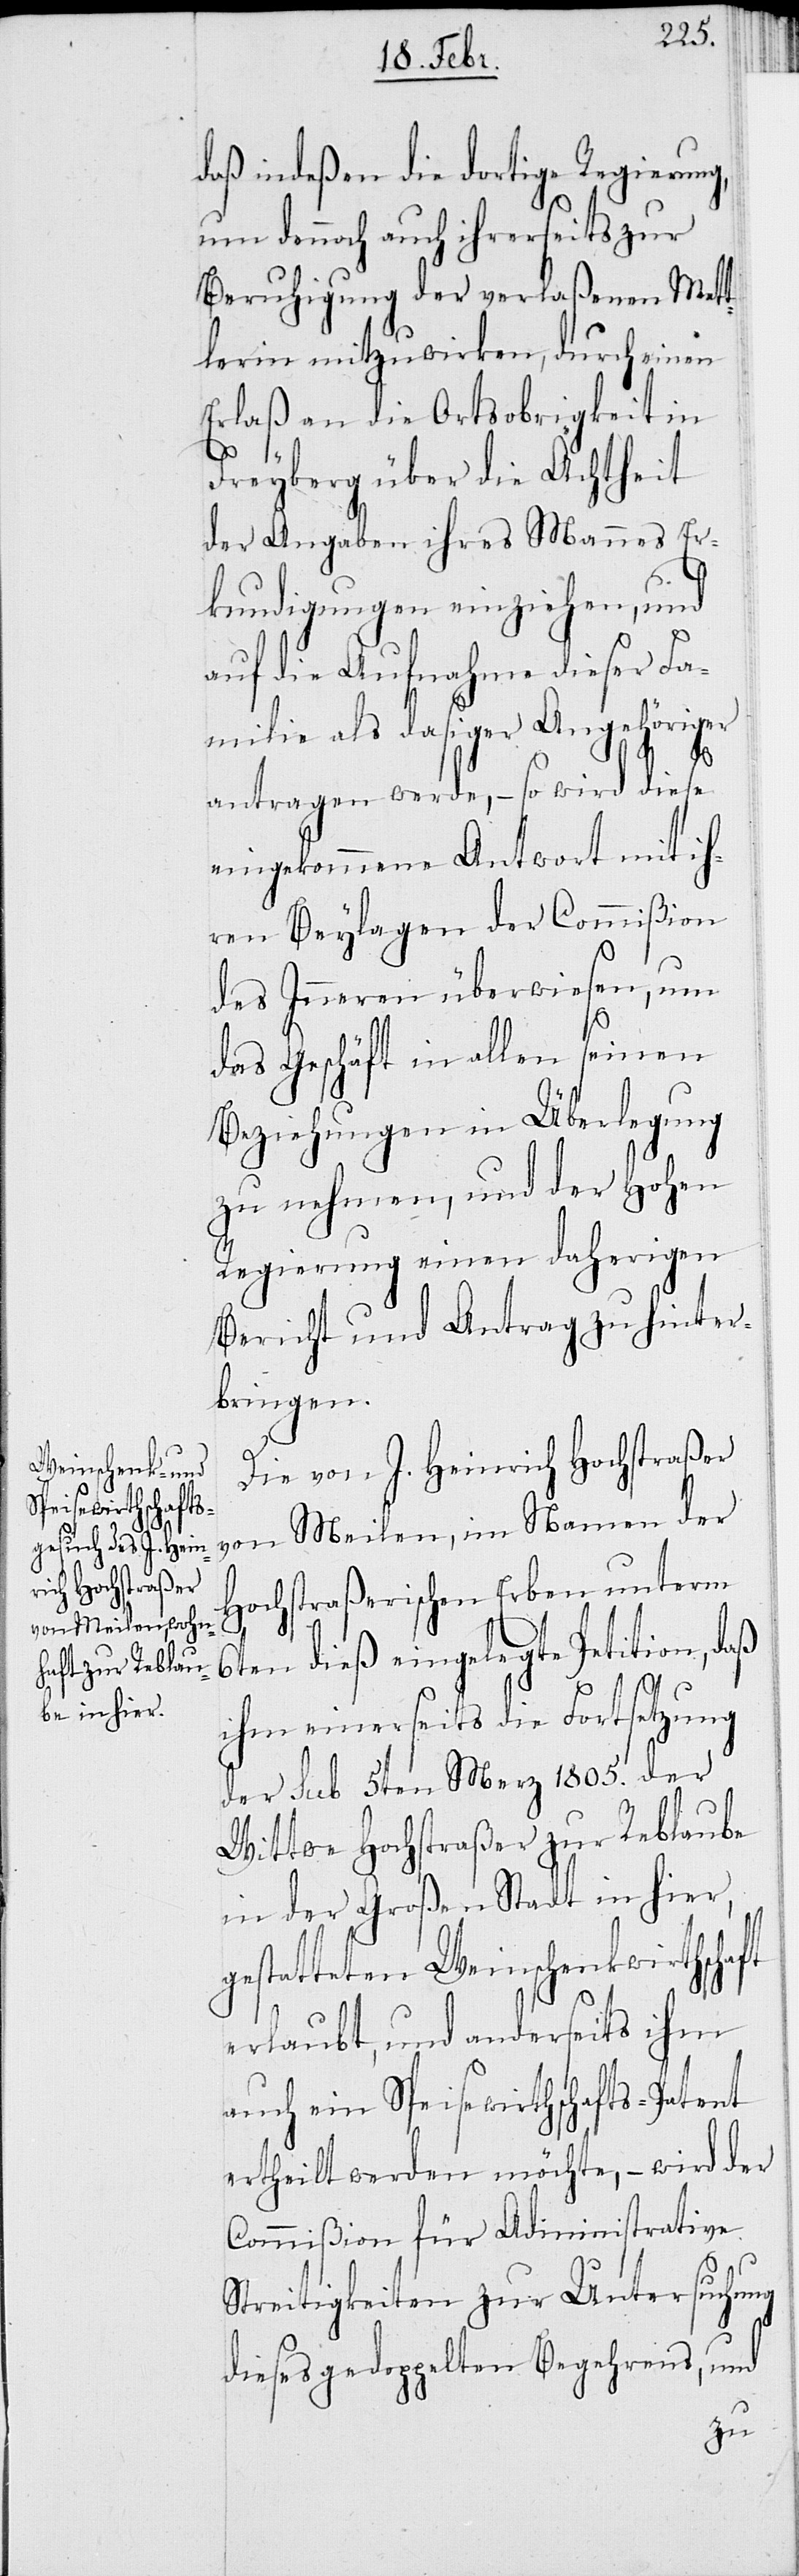
daß indeßen die dortige Regierung,
um dennoch auch ihrerseits zur
Beruhigung der verlaßenen Mett¬
lerin mitzuwirken, durch einen
Erlaß an die Ortsobrigkeit in
Freyberg über die Ächtheit
der Angaben ihres Mannes Er¬
kundigungen einziehen, und
auf die Aufnahme dieser Fa¬
milie als dasiger Angehöriger
antragen werde, – so wird diese
eingekommene Antwort mit ih¬
ren Beylagen der Commißion
des Inneren überwiesen, um
das Geschäft in allen seinen
Beziehungen in Überlegung
zu nehmen, und der Hohen
Regierung einen daherigen
Bericht und Antrag zu hinter¬
bringen.
Die von J. Heinrich Hochstraßer
von Meilen, im Namen der
Hochstraßerischen Erben unterm
6ten dieß eingelegte Petition, daß
ihm einerseits die Fortsetzung
der sub 5ten Merz 1805. der
Wittwe Hochstraßer zur Reblaube
in der Großen Stadt in hier,
gestatteten Weinschenkwirthschaft
erlaubt, und anderseits ihm
auch ein Speisewirthschafts-Patent
ertheilt werden möchte, – wird der
Commißsion für Administrative
Streitigkeiten zur Untersuchung
dieses doppelten Begehrens, und